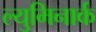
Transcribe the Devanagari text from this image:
ल्युमिनार्क